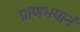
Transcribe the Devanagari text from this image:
प्राणभयानं